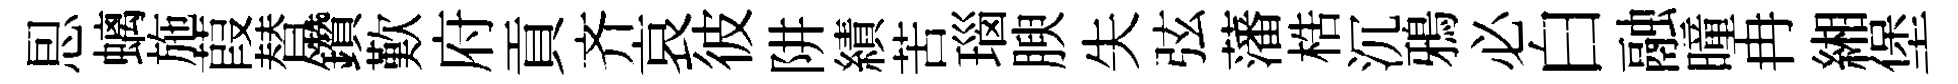
㤙螭施葭替鑽歎府貢齐哀彼阱績苦瑙腴失弦藩梏沉鴉必白融曈冉緗堡